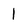
Character: 1